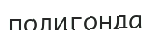
полигонда